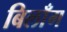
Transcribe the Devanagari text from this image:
बिलाँग